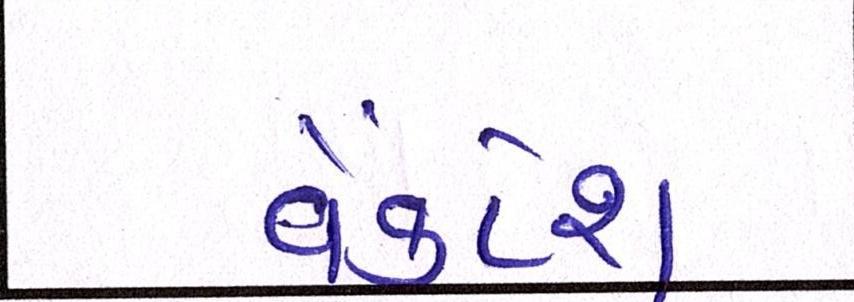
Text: વેંકટેશ